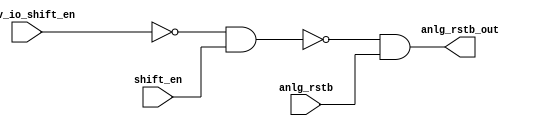
// SPDX-License-Identifier: Apache-2.0
// Copyright (C) 2019 Intel Corporation. 
// Library - aibcr3_lib, Cell - aibcr3_red_custom_dig, View - schematic
// LAST TIME SAVED: Sep  5 22:36:48 2016
// NETLIST TIME: Sep  8 13:11:45 2016
`timescale 1ns / 1ns 

module aibcr3_red_custom_dig ( anlg_rstb_out, anlg_rstb,
     prev_io_shift_en, shift_en );

output  anlg_rstb_out;

input  anlg_rstb, prev_io_shift_en, shift_en;

wire anlg_rst_nd_out;
wire io_disable_b;

assign anlg_rstb_out = !anlg_rst_nd_out;
assign prev_io_shenb = !prev_io_shift_en;
assign anlg_rst_nd_out = !(io_disable_b & anlg_rstb);
assign io_disable_b = !(prev_io_shenb & shift_en);


endmodule